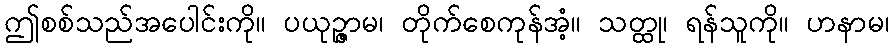
ဤစစ်သည်အပေါင်းကို။ ပယုဉ္ဇာမ၊ တိုက်စေကုန်အံ့။ သတ္ထု၊ ရန်သူကို။ ဟနာမ၊